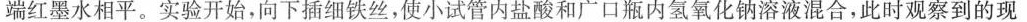
端红墨水相平。实验开始，向下插细铁丝，使小试管内盐酸和广口瓶内氢氧化钠溶液混合，此时观察到的现